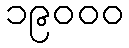
၁၉၀၀၀